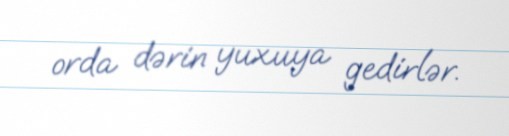
orda dərin yuxuya gedirlər.